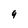
Character: 9